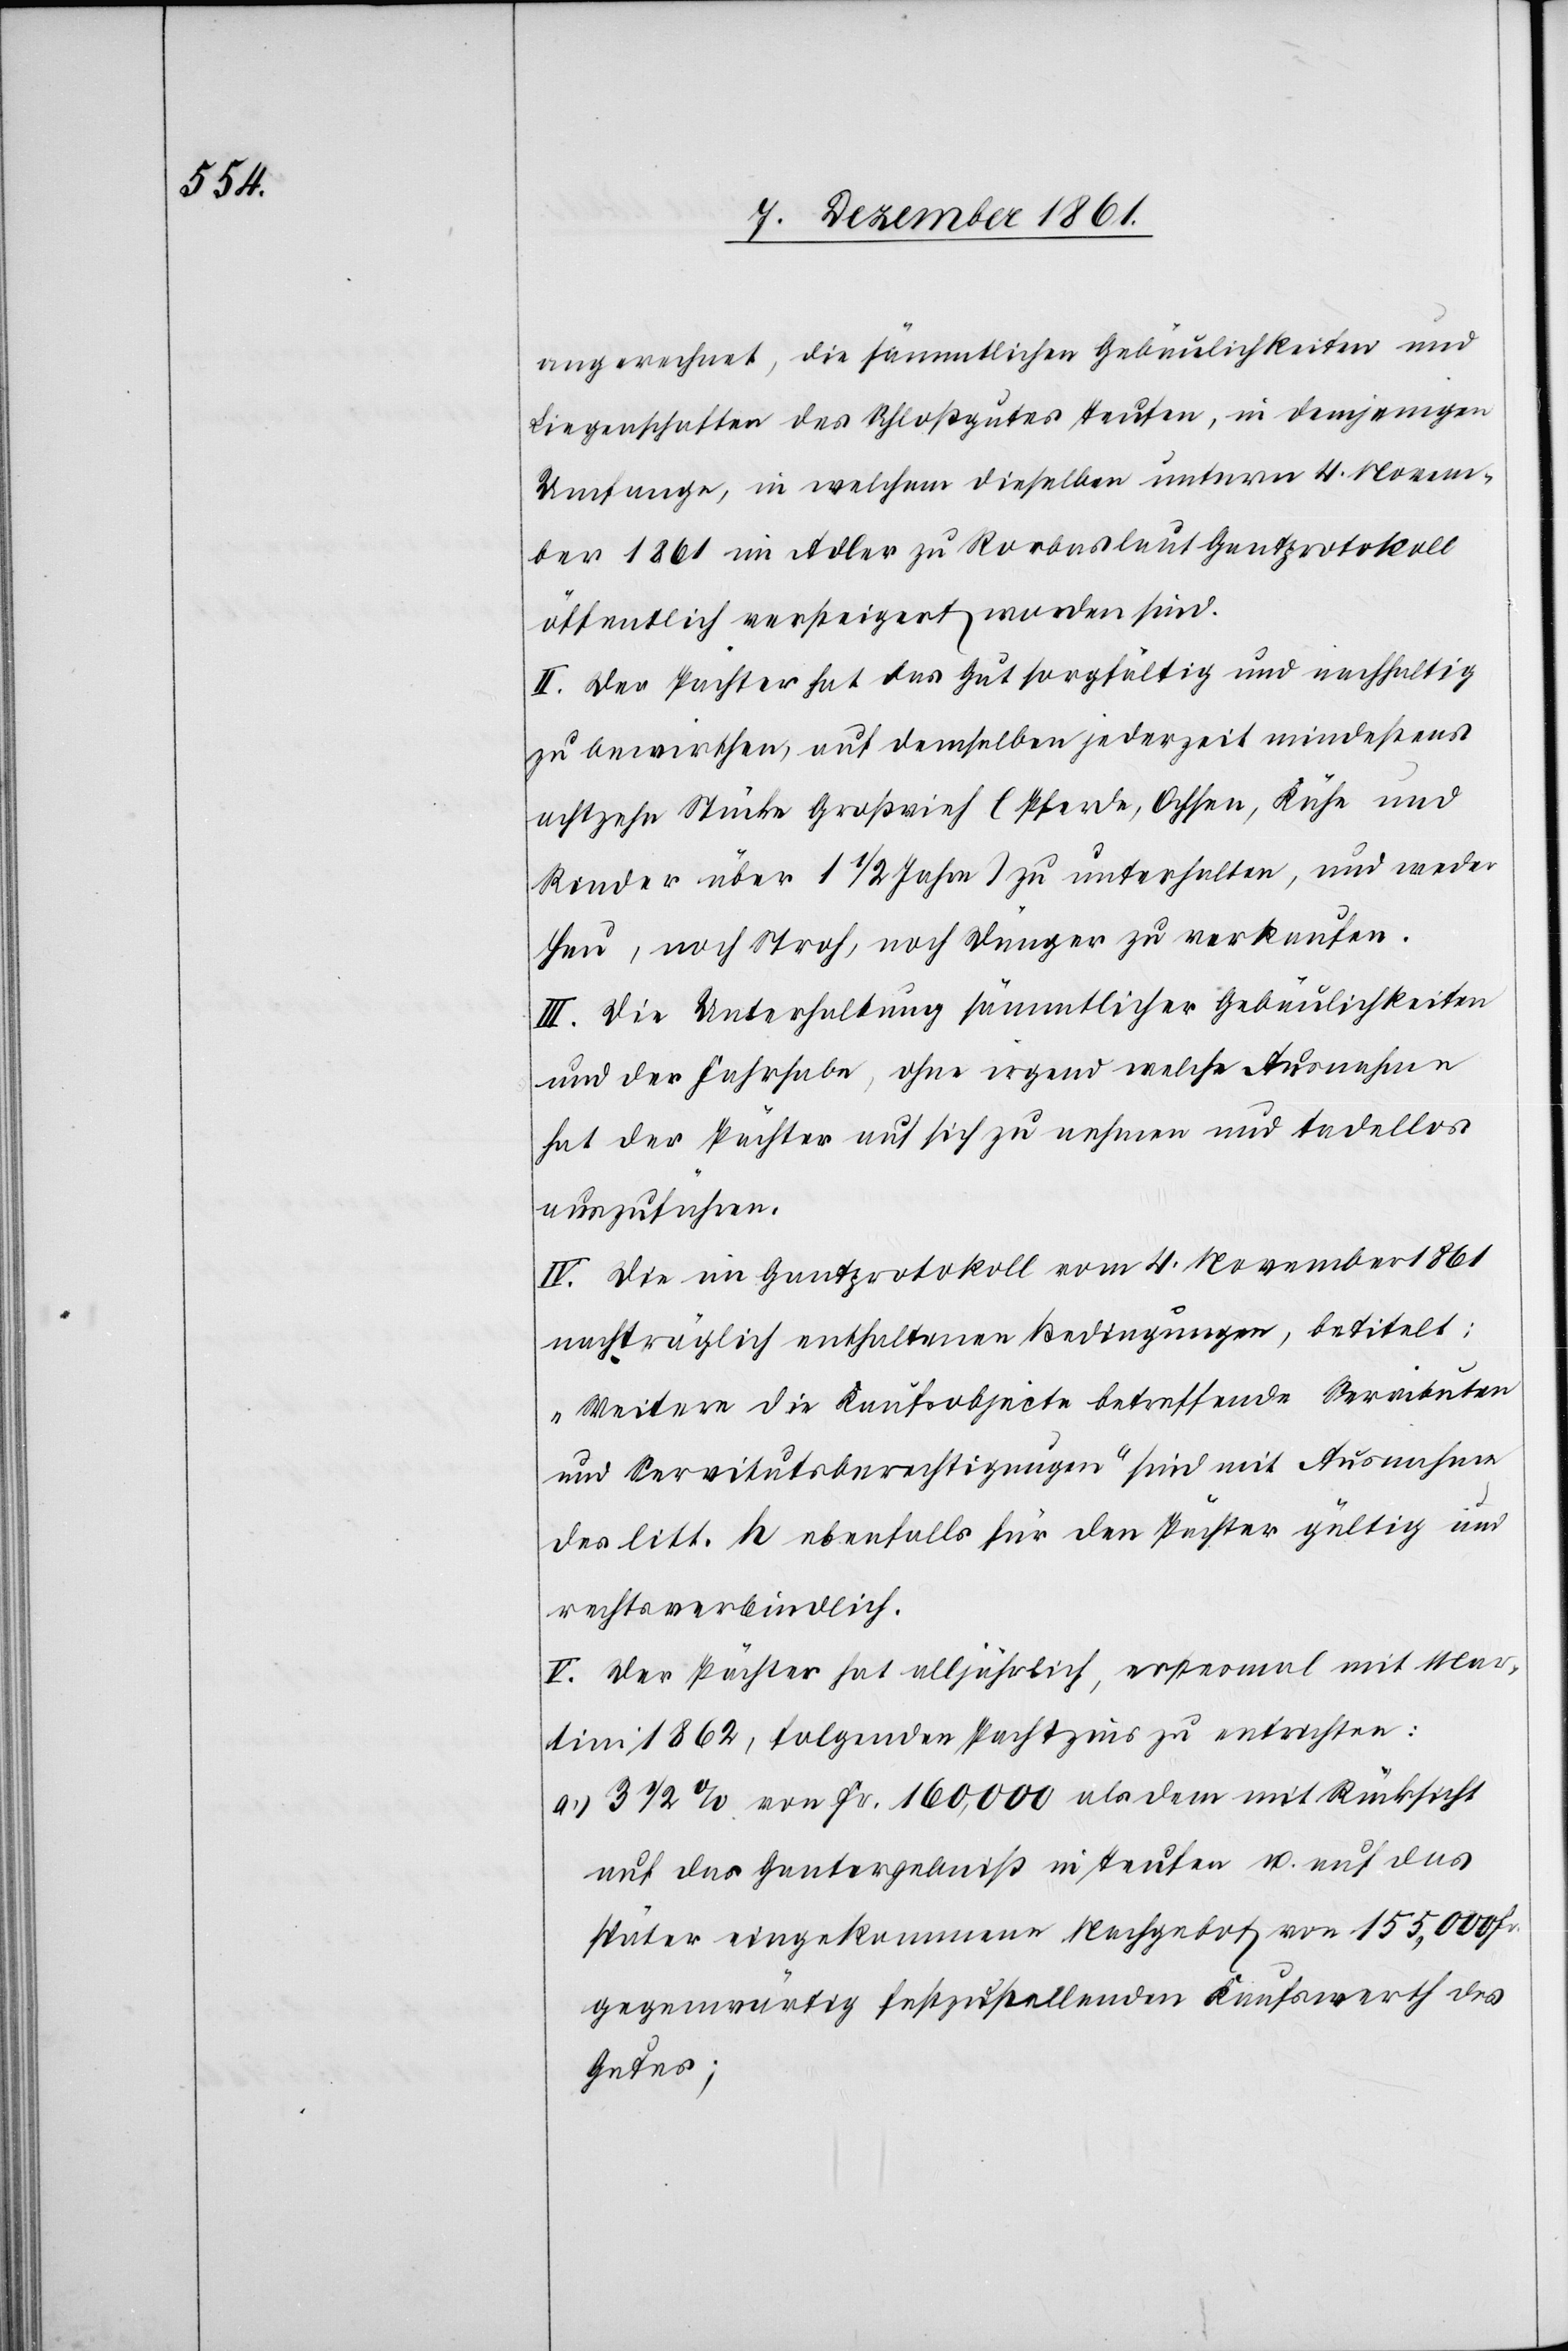
angerechnet, die sämmtlichen Gebäulichkeiten und
Liegenschaften des Schloßgutes Teufen, in demjenigen
Umfange, in welchem dieselben unterm 4 Novem¬
ber 1861 im Adler zu Rorbas laut Gantprotokoll
öffentlich versteigert worden sind.
II. Der Pächter hat das Gut sorgfältig und nachhaltig
zu bewirthen, auf demselben jederzeit mindestens
achtzehn Stück Großvieh (Pferde, Ochsen, Kühe und
Rinder über 1 1/2 Jahre) zu unterhalten, und weder
Heu, noch Stroh, noch Dünger zu verkaufen.
III. Die Unterhaltung sämmtlicher Gebäulichkeiten
und der Fahrhabe, ohne irgend welche Ausnahmen
hat der Pächter auf sich zu nehmen und tadellos
auszuführen.
IV. Die im Gantprotokoll vom 4 November 1861
nachträglich enthaltenen Bedingungen, betitelt:
„Weitere die Kaufsobjecte betreffende Servituten
und Servitutsberechtigungen“ sind mit Ausnahme
des litt. h ebenfalls für den Pächter gültig und
rechtsverbindlich.
V. Der Pächter hat alljährlich, erstesmal mit Mar¬
tini 1862, folgenden Pachtzins zu entrichten:
a.) 3 1/2 % von Fr. 160,000 als dem mit Rücksicht
auf das Gantergebniß in Teufen u. auf das
später eingekommene Nachgebot von 155,000 Fr.
gegenwärtig festzustellenden Kaufswerth des